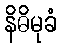
နိဓိမုခံ